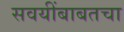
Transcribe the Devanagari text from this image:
सवयींबाबतचा